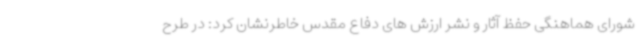
شورای هماهنگی حفظ آثار و نشر ارزش های دفاع مقدس خاطرنشان کرد: در طرح